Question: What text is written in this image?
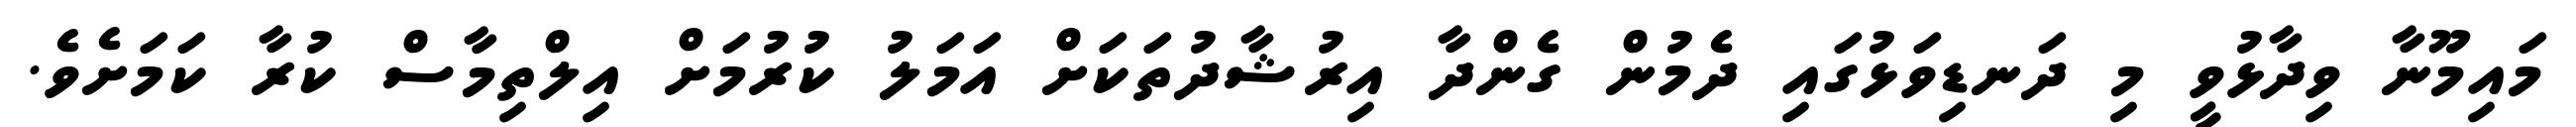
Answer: މައިމޫނާ ވިދާޅުވީ މި ދަނޑިވަޅުގައި ދެމުން ގެންދާ އިރުޝާދުތަކަށް އަމަލު ކުރުމަށް އިލްތިމާސް ކުރާ ކަމަށެވެ.